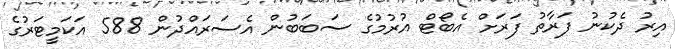
އިރު ދެކުނު ފަރާތު ފަރަށް އެބޯޓް އުރުމުގެ ސަބަބުން އެސަރައްދުން 588 އަކަމީޓަރުގެ